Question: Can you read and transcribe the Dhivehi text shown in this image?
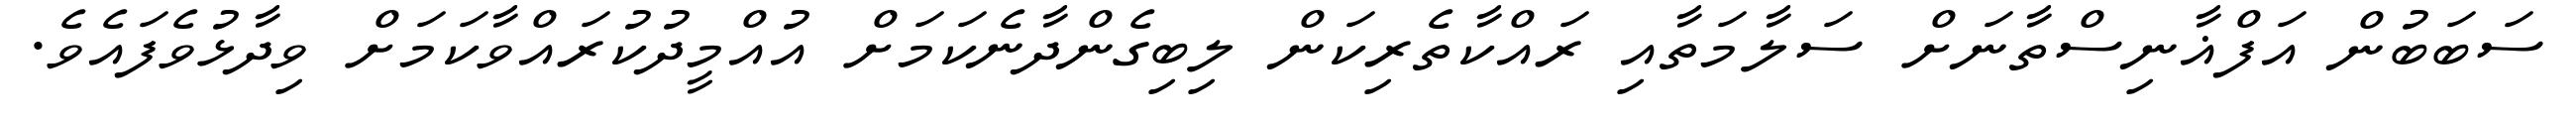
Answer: ސަބަބުން އަފްޣާނިސްތާނަށް ސަލާމަތާއި ރައްކާތެރިކަން ލިބިގެންދާނެކަމަށް އުއްމީދުކުރައްވާކަމަށް ވިދާޅުވެފައެވެ.